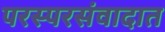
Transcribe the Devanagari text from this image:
परस्परसंवादात